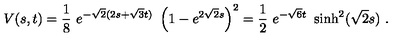
V ( s , t ) = \frac { 1 } { 8 } \ { e ^ { - { \sqrt { 2 } } ( 2 s + { \sqrt { 3 } } t ) } } \ \left( 1 - { e ^ { 2 { \sqrt { 2 } } s } } \right) ^ { 2 } = \frac { 1 } { 2 } \ e ^ { - \sqrt { 6 } t } \ \sinh ^ { 2 } ( \sqrt { 2 } s ) \ .